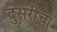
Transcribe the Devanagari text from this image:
दुसरीचा